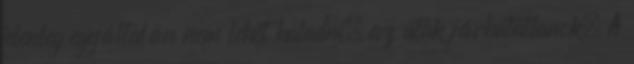
jelenleg egyáltalán nem lehet haladni, az utak járhatatlanok. A